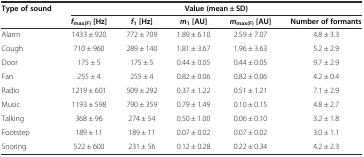
<table><thead><tr><td rowspan="2"><b>Type of sound</b></td><td colspan="5"><b>Value (mean ± SD)</b></td></tr><tr><td><b><i>f</i><sub>max(F)</sub> [Hz]</b></td><td><b><i>f</i><sub>1</sub> [Hz]</b></td><td><b><i>m</i><sub>1</sub> [AU]</b></td><td><b><i>m</i><sub>max(F)</sub> [AU]</b></td><td><b>Number of formants</b></td></tr></thead><tbody><tr><td>Alarm</td><td>1433 ± 920</td><td>772 ± 709</td><td>1.89 ± 6.10</td><td>2.59 ± 7.07</td><td>4.8 ± 3.3</td></tr><tr><td>Cough</td><td>710 ± 960</td><td>289 ± 140</td><td>1.81 ± 3.67</td><td>1.96 ± 3.63</td><td>5.2 ± 2.9</td></tr><tr><td>Door</td><td>175 ± 5</td><td>175 ± 5</td><td>0.44 ± 0.05</td><td>0.44 ± 0.05</td><td>9.7 ± 2.9</td></tr><tr><td>Fan</td><td>255 ± 4</td><td>255 ± 4</td><td>0.82 ± 0.06</td><td>0.82 ± 0.06</td><td>4.2 ± 0.4</td></tr><tr><td>Radio</td><td>1219 ± 601</td><td>509 ± 292</td><td>0.37 ± 1.22</td><td>0.51 ± 1.21</td><td>7.1 ± 2.9</td></tr><tr><td>Music</td><td>1193 ± 598</td><td>790 ± 359</td><td>0.79 ± 1.49</td><td>0.10 ± 0.15</td><td>4.8 ± 2.7</td></tr><tr><td>Talking</td><td>368 ± 96</td><td>274 ± 54</td><td>0.50 ± 1.00</td><td>0.06 ± 0.10</td><td>3.2 ± 1.8</td></tr><tr><td>Footstep</td><td>189 ± 11</td><td>189 ± 11</td><td>0.07 ± 0.02</td><td>0.07 ± 0.02</td><td>3.0 ± 1.1</td></tr><tr><td>Snoring</td><td>522 ± 600</td><td>231 ± 56</td><td>0.12 ± 0.28</td><td>0.22 ± 0.34</td><td>4.2 ± 2.3</td></tr></tbody></table>